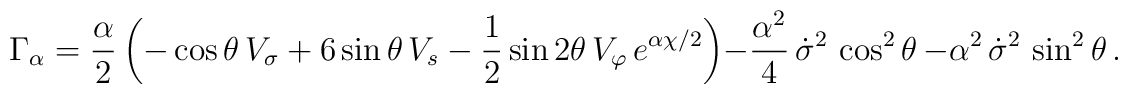
\Gamma_\alpha=\frac{\alpha}{2}\left(-\cos\theta\, V_\sigma +6\sin\theta\, V_s -\frac{1}{2}\sin 2\theta\,V_\varphi \,e^{\alpha      \chi/2}\right)-\frac{\alpha^2}{4}\,\dot{\sigma}^2 \,\cos^2\theta\,       -\alpha^2\,\dot{\sigma}^2 \,\sin^2\theta\,.